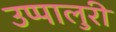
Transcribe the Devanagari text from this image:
उप्पालुरी